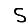
Digit: 5